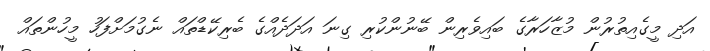
އަދި މީގެއިތުރުން މުޒާހަރާގެ ބައިވެރިން ބޭނުންކުރި ގިނަ އަދަދެއްގެ ބެރިކޭޑްތައް ނެގުމަށްފަހު މީހުންތައް